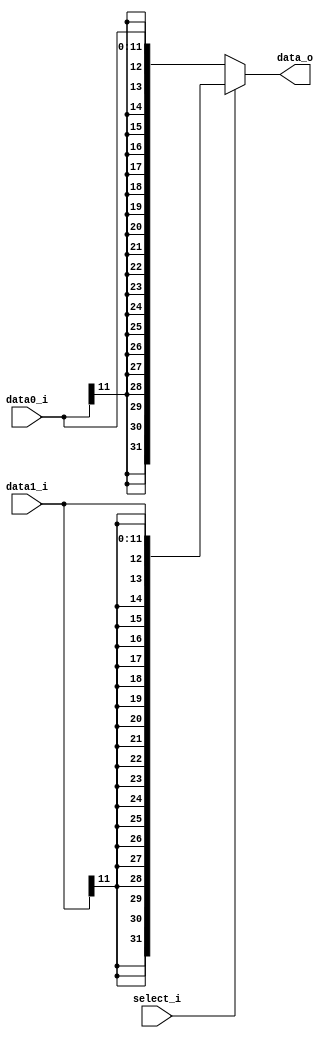
`timescale 1ns / 1ps

module Sign_Extender(
    select_i,
    data0_i,
    data1_i,
    data_o     
);
input [11:0] data0_i,data1_i;
input select_i;
output[31:0] data_o;

assign data_o = (select_i)? {{20{data1_i[11]}},data1_i} : {{20{data0_i[11]}},data0_i} ; 

endmodule